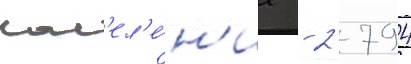
Нас'ел'е́н'ие - 2 794